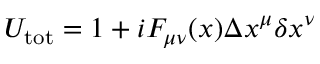
U _ { \mathrm { t o t } } = 1 + i F _ { \mu \nu } ( x ) \Delta x ^ { \mu } \delta x ^ { \nu }